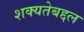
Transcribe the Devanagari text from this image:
शक्यतेबद्दल